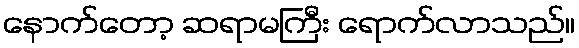
နောက်တော့ ဆရာမကြီး ရောက်လာသည်။